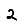
Digit: 2